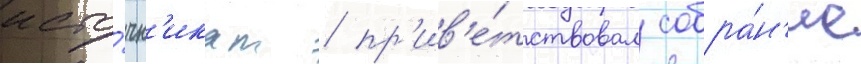
исто́чн'икам / пр'ив'е́тствовал собра́н'ие